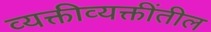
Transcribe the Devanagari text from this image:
व्यक्तीव्यक्तींतील